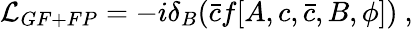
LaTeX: {\cal L}_{GF+FP}=-i\delta_{B}(\bar{c}f[A,c,\bar{c},B,\phi])\ ,